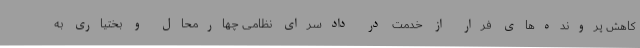
کاهش پرونده‌های فرار از خدمت در دادسرای نظامی چهارمحال و بختیاری به